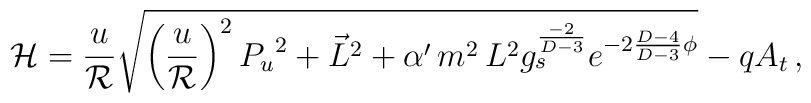
{\cal H}={u \over {\cal R}} \sqrt{ \left( {u \over {\cal R}} \right)^2{P_u}^2 + \vec{L}^2 + \alpha^\prime\, m^2 \, L^2 g_s^{-2 \over D-3}  e^{-2 {D-4 \over D-3} \phi} } -qA_t \, ,